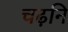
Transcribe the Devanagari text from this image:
चढ़नि